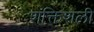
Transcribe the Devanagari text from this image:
शक्तिशली